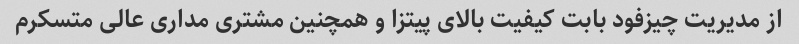
از مدیریت چیزفود بابت کیفیت بالای پیتزا و همچنین مشتری مداری عالی متسکرم